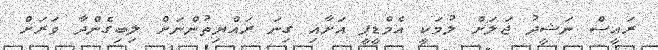
ރައީސް ނަޝީދު ޖަލަށް ލުމަކީ އެމްޑީޕީ އަށާއި ގިނަ ރައްޔިތުންނަށް ލިބިގެންދާ ވަރަށް